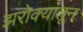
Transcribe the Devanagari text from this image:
झरोक्यांतून